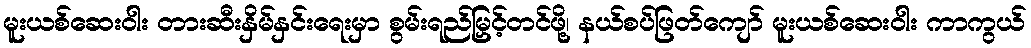
မူးယစ်ဆေးဝါး တားဆီးနှိမ်နှင်းရေးမှာ စွမ်းရည်မြှင့်တင်ဖို့၊ နယ်စပ်ဖြတ်ကျော် မူးယစ်ဆေးဝါး ကာကွယ်